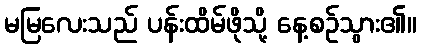
မမြလေးသည် ပန်းထိမ်ဖိုသို့ နေ့စဉ်သွား၏။